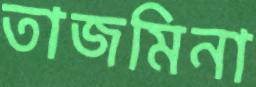
তাজমিনা